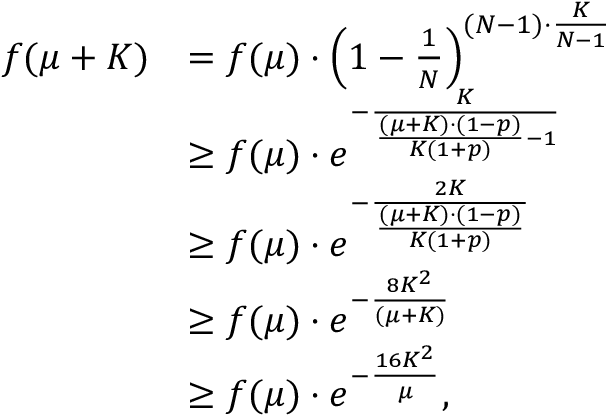
\begin{array} { r l } { f ( \mu + K ) } & { = f ( \mu ) \cdot \left( 1 - \frac { 1 } { N } \right) ^ { ( N - 1 ) \cdot \frac { K } { N - 1 } } } \\ & { \geq f ( \mu ) \cdot e ^ { - \frac { K } { \frac { ( \mu + K ) \cdot ( 1 - p ) } { K ( 1 + p ) } - 1 } } } \\ & { \geq f ( \mu ) \cdot e ^ { - \frac { 2 K } { \frac { ( \mu + K ) \cdot ( 1 - p ) } { K ( 1 + p ) } } } } \\ & { \geq f ( \mu ) \cdot e ^ { - \frac { 8 K ^ { 2 } } { ( \mu + K ) } } } \\ & { \geq f ( \mu ) \cdot e ^ { - \frac { 1 6 K ^ { 2 } } { \mu } } , } \end{array}